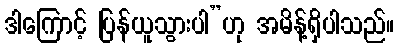
ဒါကြောင့် ပြန်ယူသွားပါ”ဟု အမိန့်ရှိပါသည်။